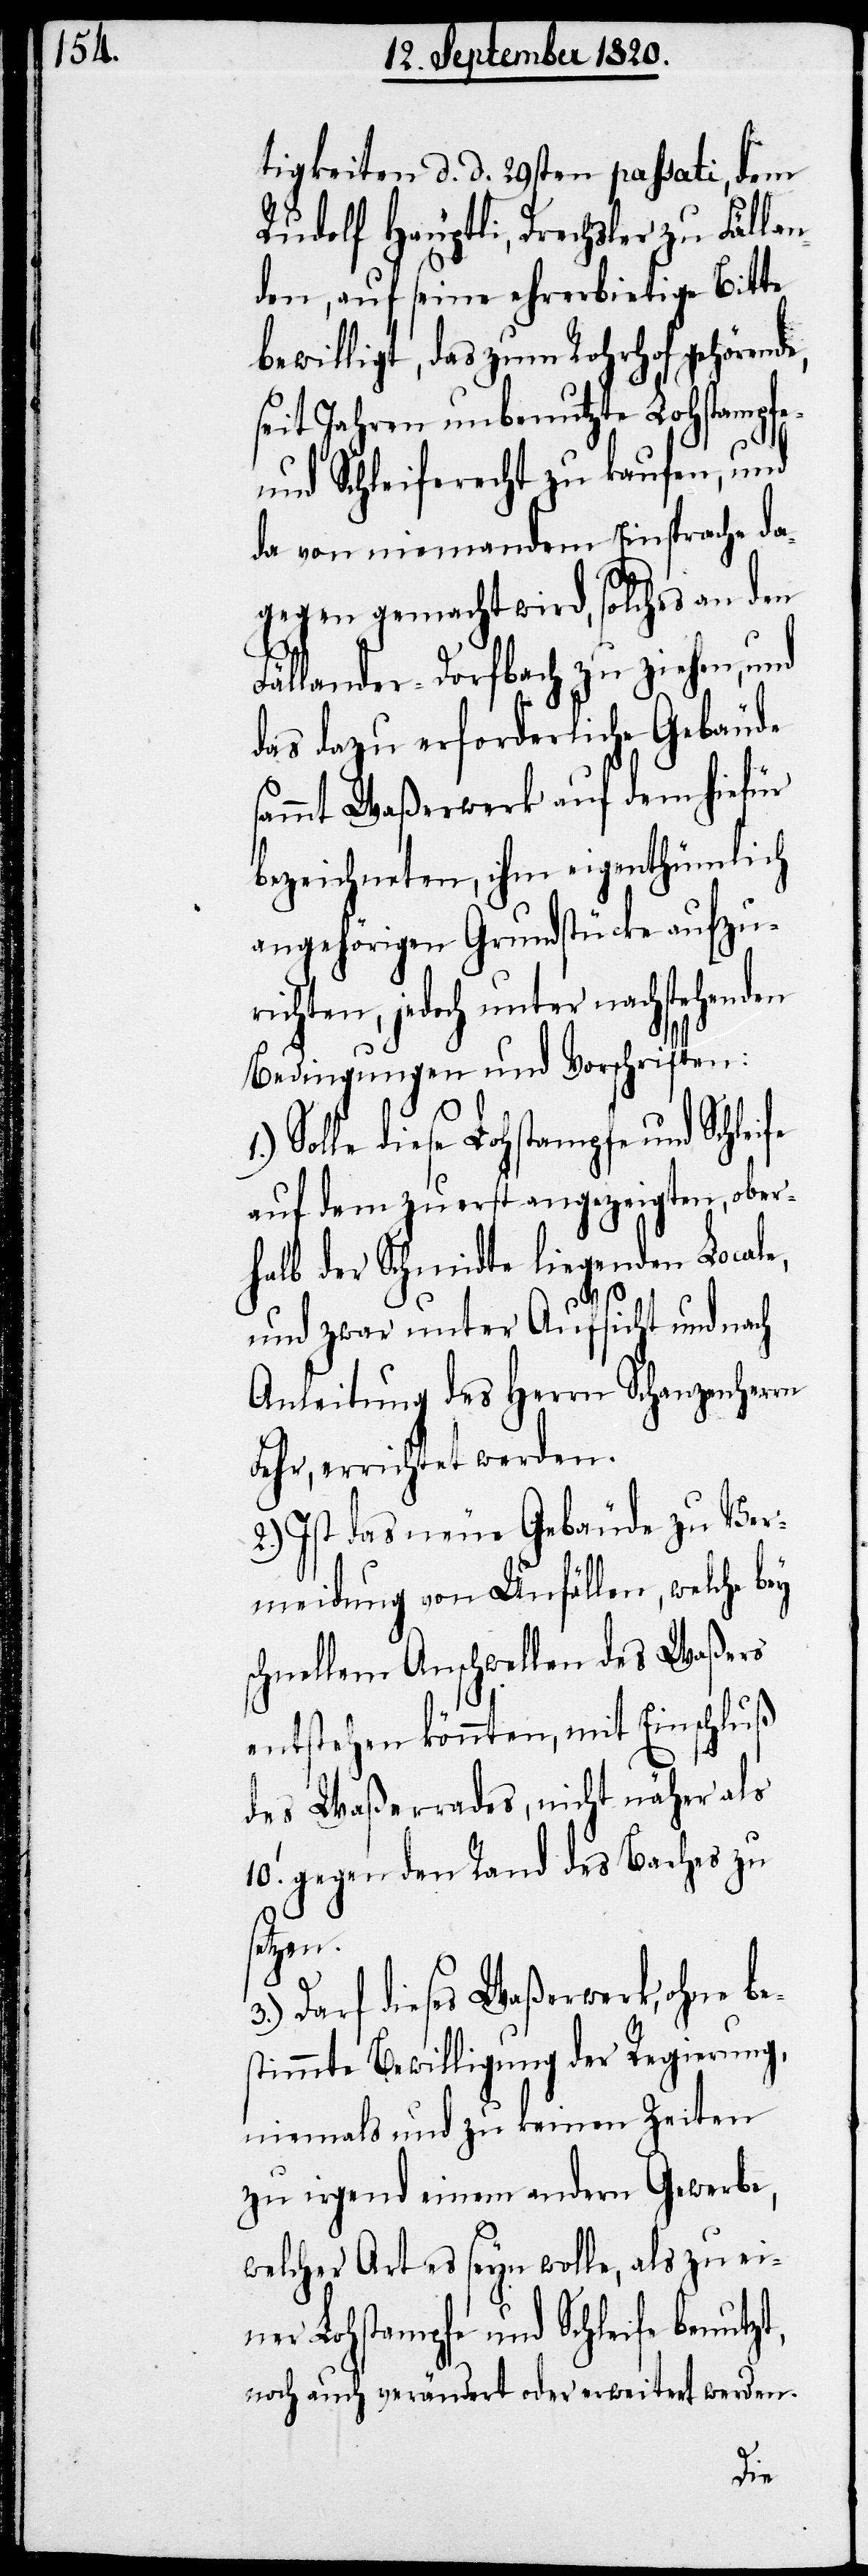
tigkeiten d. d. 29sten passati, dem
Rudolf Häuptli, Drechsler zu Fällan¬
den, auf seine ehrerbietige Bitte
bewilligt, das zum Rohrhof gehören¬
it Jahren unbenutzte Lohstampfe-
und Schleiferecht zu kaufen, und
da von niemandem Einsprache da¬
gegen gemacht wird, solches an den
Fällanden-Dorfbach zu ziehen, und
das dazu erforderliche Gebäude
sammt Waßerwerk auf dem hiefür
bezeichneten, ihm eigenthümlich
angehörigen Grundstücke aufzuri¬
chten, jedoch unter nachstehend¬
Bedingungen und Vorschriften:
Solle diese Lohstampfe und Schlei¬
auf dem zuerst angezeigten, ober¬
halb der Schmidte liegenden Locale,
und zwar unter Aufsicht und auch
Anleitung des Herrn Schanzenherrn
Fehr, errichtet werden.
2.) Ist das neue Gebäude zu Ver¬
meidung von Unfällen, welche
schnellem Anschwellen des Waßers
entstehen könnten, mit Einschluß
des Waßerrades, nicht näher als
10‘. gegen den Rand des Baches zu
setzen.
Darf dieses Waßerwerk, ohne be¬
stimmte Bewilligung der Regierung,
niemals und zu keinen Zeiten
zu irgend einem andern Gewerbe,
welcher Art es seyn wolle, als zu ei¬
ner Lohstampfe und Schleife benutzt,
noch auch verändert oder erweitert werden.
fe